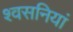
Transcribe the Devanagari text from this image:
श्वसनियां